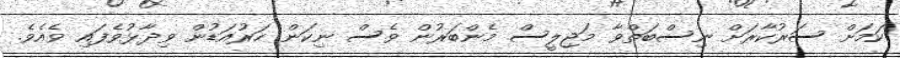
ކަމަށް ސަރުކާރަށް ނިސްބަތްވާ މަޖިލީސް މެންބަރުން ވެސް ނިކަން ހަރުއަޑުން ވިދާޅުވެފައި ވެއެވެ.